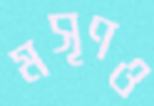
মসৃণও